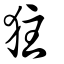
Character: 㹥